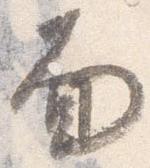
面